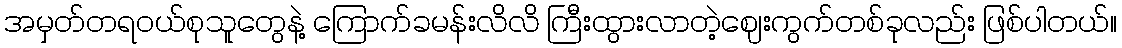
အမှတ်တရဝယ်စုသူတွေနဲ့ ကြောက်ခမန်းလိလိ ကြီးထွားလာတဲ့ဈေးကွက်တစ်ခုလည်း ဖြစ်ပါတယ်။